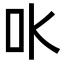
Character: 𠮺